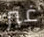
غير